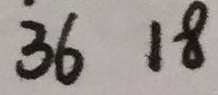
3 6 1 8